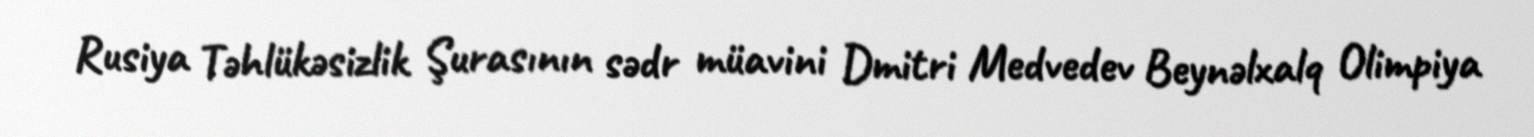
Rusiya Təhlükəsizlik Şurasının sədr müavini Dmitri Medvedev Beynəlxalq Olimpiya